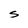
Character: S